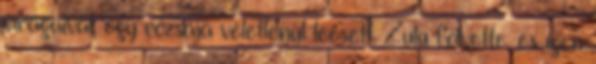
virágaival, egy rózsája véletlenül leesett. Zulu fölvette, és igen